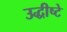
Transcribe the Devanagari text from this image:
उद्धीष्टे